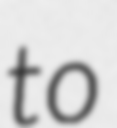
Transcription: to